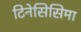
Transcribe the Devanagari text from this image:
टिनेसिसिमा